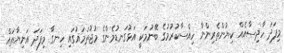
މިފަދަ ހާދިސާއެއް ކިޔުންތެރިންނާ ހިއްސާކުރުމުގެ ބޭނުމަކީ އަޅުގަނޑުމެންގެ މުޖުތަމައުގައި ހިނގާ މިފަދަ އަނިޔާތައް